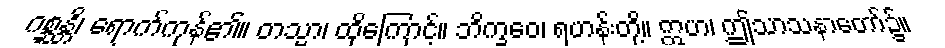
ဂစ္ဆန္တိ၊ ရောက်ကုန်၏။ တသ္မာ၊ ထိုကြောင့်။ ဘိက္ခဝေ၊ ရဟန်းတို့။ ဣဟ၊ ဤသာသနာတော်၌။